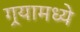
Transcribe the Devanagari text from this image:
गर्‍यामध्ये